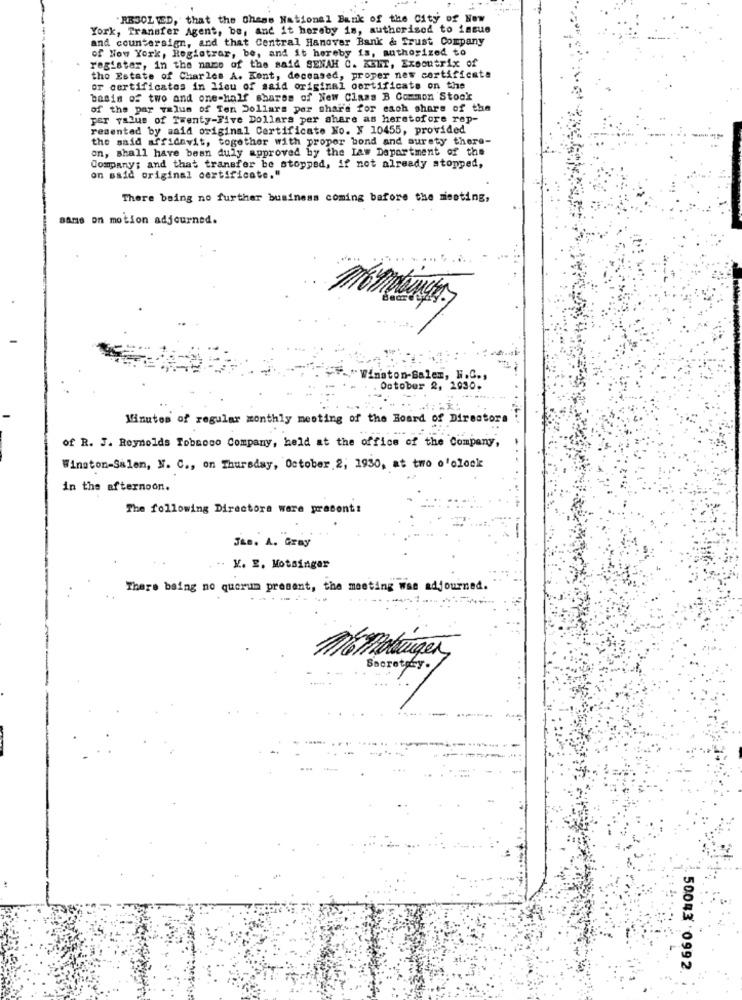
RESOLVED, that the Chase National Bank of the City of How
York, Transfer Agent, be, and it horaby is, authorized to issue
and countersign, and that Central Hanover Bank & Trust Company
of Now York, Registrar, be, and it hereby is, authorized to
register, in the name of the said SENAH C. KENT, Executrix of
the Estate of Charles A. Kent, deceased, proper new certificate
or certificates in lieu of said original certificate on the
basis of two and one-half shares of New Class B Common Stock
of the par value of Ten Dollars per shar's for each share of the
par value of Twenty-Five Dollars per share as heratofore rep-
resented by said original Certificate No. N 10455, provided
the said affidavit, together with proper bond and surety there-
on, shall have been duly approved by the Law Department of the
Company; and that transfer be stopped, if not already stopped,
on said original certificate."
There being no further business coming before the miseting,
same on motion adjourned.
"-"Winston-Salem, H.C .,
. October 2, 2930.
Minutes of regular monthly meeting of the Board of Directors
of R. J. Reynolds Tobmogo Company, held at the office of the Company,
Winston-Salen, N. C ., on Thursday, October 2, 1930, at two o'clock
in the afternoon.
The following Directora were prasont!
J&B. A. Gray
V. E. Motsinger
There baing no quorum present, the meeting was adjourned.
-------
...
Momotrugen,
Bocrotary .
50043 0992.